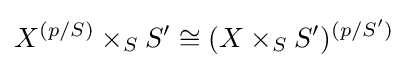
X^{(p/S)}\times _{S}S'\cong (X\times _{S}S')^{(p/S')}